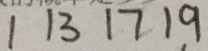
1 1 3 1 7 1 9